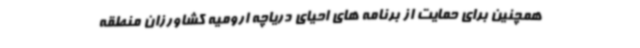
همچنین برای حمایت از برنامه های احیای دریاچه ارومیه کشاورزان منطقه